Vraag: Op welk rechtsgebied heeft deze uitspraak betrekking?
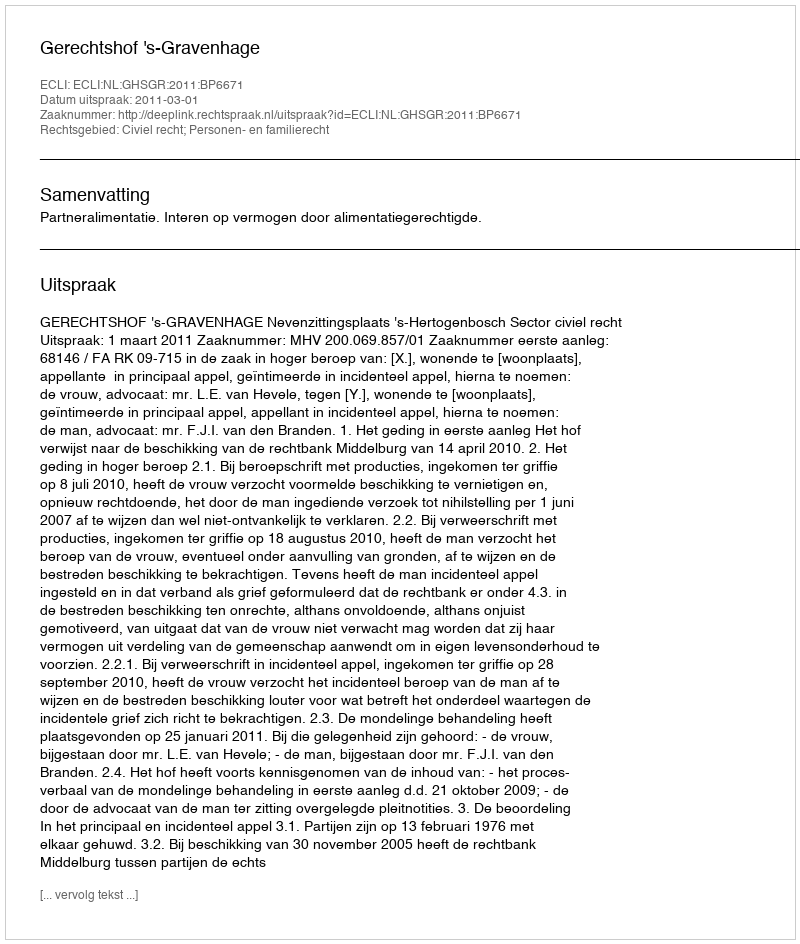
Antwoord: Civiel recht; Personen- en familierecht